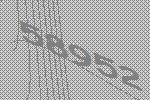
58952